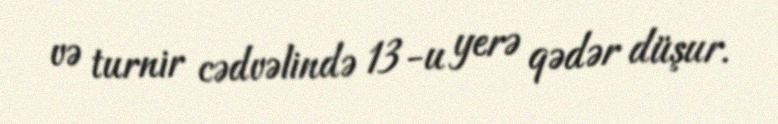
və turnir cədvəlində 13-u yerə qədər düşur.